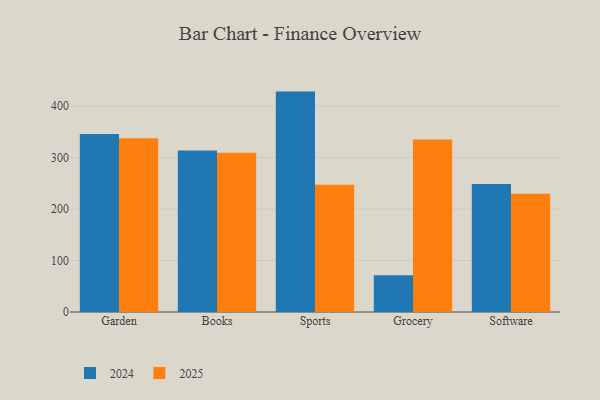
{"axis": {"x": "Category", "y": "Page Views"}, "legend": ["2024", "2025"], "data": [{"x": "Garden", "y": 337.1, "type": "2025"}, {"x": "Garden", "y": 345.6, "type": "2024"}, {"x": "Books", "y": 309.4, "type": "2025"}, {"x": "Books", "y": 313.6, "type": "2024"}, {"x": "Sports", "y": 246.9, "type": "2025"}, {"x": "Sports", "y": 427.9, "type": "2024"}, {"x": "Grocery", "y": 334.9, "type": "2025"}, {"x": "Grocery", "y": 71.5, "type": "2024"}, {"x": "Software", "y": 229.4, "type": "2025"}, {"x": "Software", "y": 248.7, "type": "2024"}]}